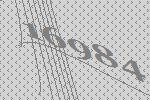
16984